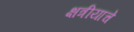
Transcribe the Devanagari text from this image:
क्षत्रीयाचे